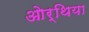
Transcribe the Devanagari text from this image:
ओर्थिया